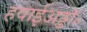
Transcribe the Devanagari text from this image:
हवाईअड्डॉ॰